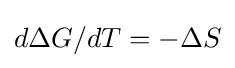
d\Delta G/dT=-\Delta S